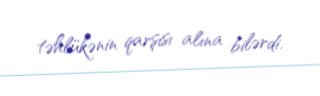
təhlükənin qarşısı alına bilərdi.